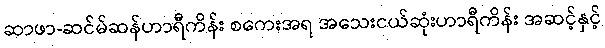
ဆာဖာ-ဆင်မ်ဆန်ဟာရီကိန်း စကေးအရ အသေးငယ်ဆုံးဟာရီကိန်း အဆင့်နှင့်